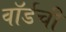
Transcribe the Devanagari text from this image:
वॉर्डची